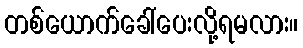
တစ်ယောက်ခေါ်ပေးလို့ရမလား။